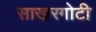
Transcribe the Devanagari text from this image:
साखरगोटी